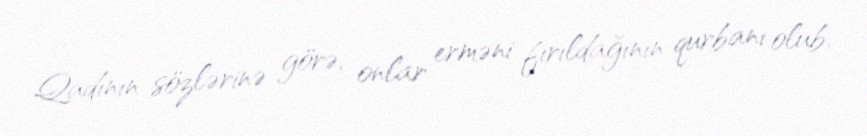
Qadının sözlərinə görə, onlar erməni fırıldağının qurbanı olub.